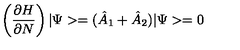
\left( \frac { \partial H } { \partial N } \right) | \Psi > = ( \hat { A } _ { 1 } + \hat { A } _ { 2 } ) | \Psi > = 0